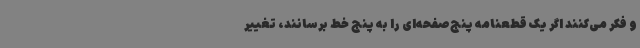
و فکر می‌کنند اگر یک قطعنامه پنج‌صفحه‌ای را به پنج خط برسانند، تغییر